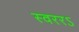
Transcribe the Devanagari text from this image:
स्वररऽ